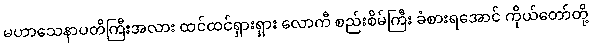
မဟာသေနာပတိကြီးအလား ထင်ထင်ရှားရှား လောကီ စည်းစိမ်ကြီး ခံစားရအောင် ကိုယ်တော်တို့